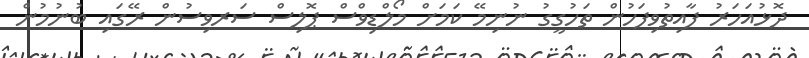
ދޮޅުއަހަރު ފާއިތުވިފަހުން ތަހުގީގު ނުނިމޭ ކަމަށް މޯލްޑިވްސް ޕޮލިސް ސަރވިސުން ރޭގައި ބުނުމުން